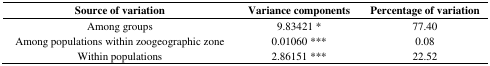
| Source of variation | Variance components | Percentage of variation |
 | --- | --- | --- |
 | Among groups | 9.83421 * | 77.40 |
 | Among populations within zoogeographic zone | 0.01060 *** | 0.08 |
 | Within populations | 2.86151 *** | 22.52 |